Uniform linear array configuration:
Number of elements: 48
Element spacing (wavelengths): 1
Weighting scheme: blackman
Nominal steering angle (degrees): -30
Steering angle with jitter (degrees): -30.047
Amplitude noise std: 0.05
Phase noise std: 0.05

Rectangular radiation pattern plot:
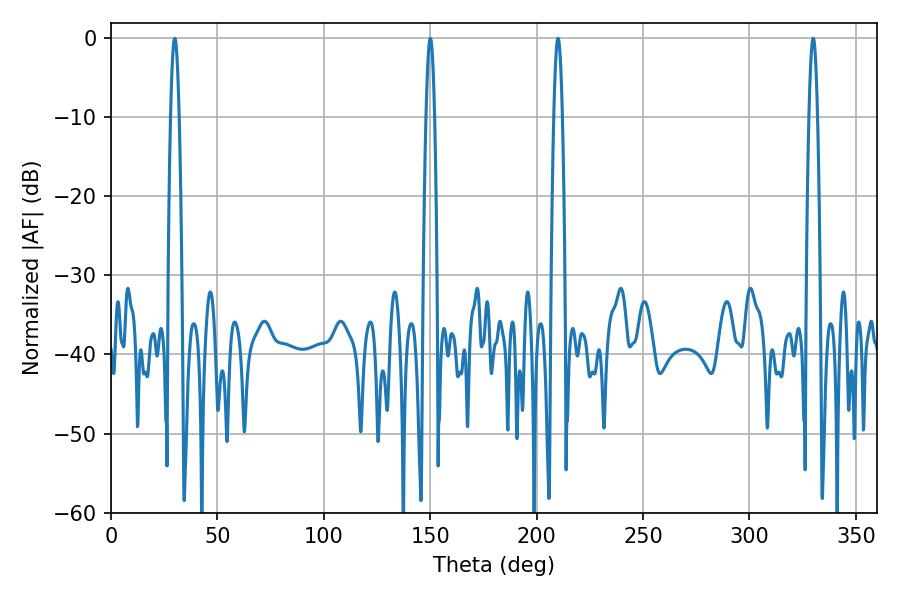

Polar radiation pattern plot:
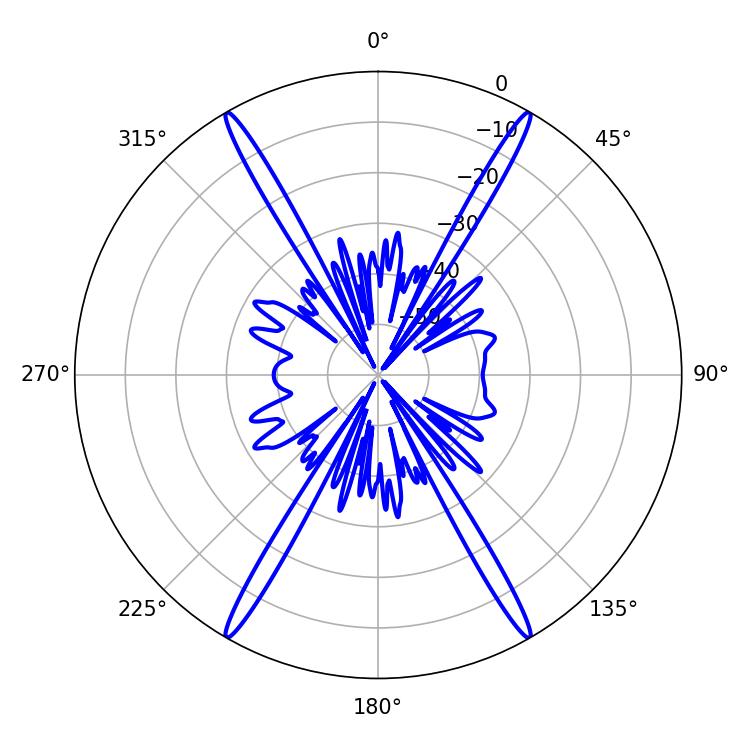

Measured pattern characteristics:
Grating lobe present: TRUE
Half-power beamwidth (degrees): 2.16
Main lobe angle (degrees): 329.94